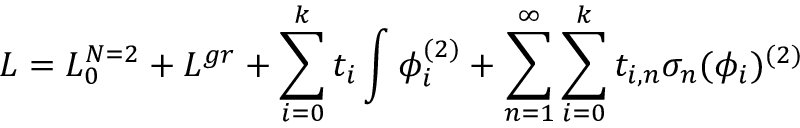
{ \cal L } = { \cal L } _ { 0 } ^ { N = 2 } + { \cal L } ^ { g r } + \sum _ { i = 0 } ^ { k } t _ { i } \int \phi _ { i } ^ { ( 2 ) } + \sum _ { n = 1 } ^ { \infty } \sum _ { i = 0 } ^ { k } t _ { i , n } \sigma _ { n } ( \phi _ { i } ) ^ { ( 2 ) }